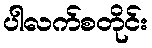
ပါလက်စတိုင်း